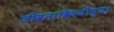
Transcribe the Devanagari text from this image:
जीवनाविषयीच्या